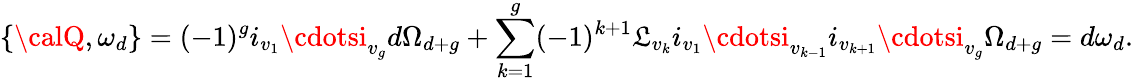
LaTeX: \{ {\calQ},\omega_{d}\} =(-1)^{g}i_{v_{1}}\cdotsi_{v_{g}}d\Omega_{d+g}+\sum_{k=1}^{g}(-1)^{k+1}{\cal\mathfrak{L}}_{v_{k}}i_{v_{1}}\cdotsi_{v_{k-1}}i_{v_{k+1}}\cdotsi_{v_{g}}\Omega_{d+g}=d\omega_{d}.